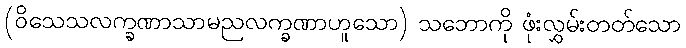
(ဝိသေသလက္ခဏာသာမညလက္ခဏာဟူသော) သဘောကို ဖုံးလွှမ်းတတ်သော